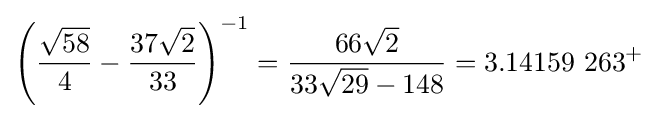
\left({\frac {\sqrt {58}}{4}}-{\frac {37{\sqrt {2}}}{33}}\right)^{-1}={\frac {66{\sqrt {2}}}{33{\sqrt {29}}-148}}=3.14159\ 263^{+}